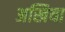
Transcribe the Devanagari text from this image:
अखिया